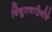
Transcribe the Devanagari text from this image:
विद्युतवाहिनीचे